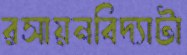
রসায়নবিদ্যাটা